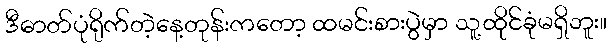
ဒီဓာတ်ပုံရိုက်တဲ့နေ့တုန်းကတော့ ထမင်းစားပွဲမှာ သူ့ထိုင်ခုံမရှိဘူး။